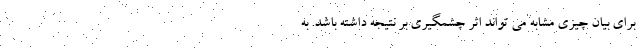
برای بیان چیزی مشابه می تواند اثر چشمگیری بر نتیجه داشته باشد. به